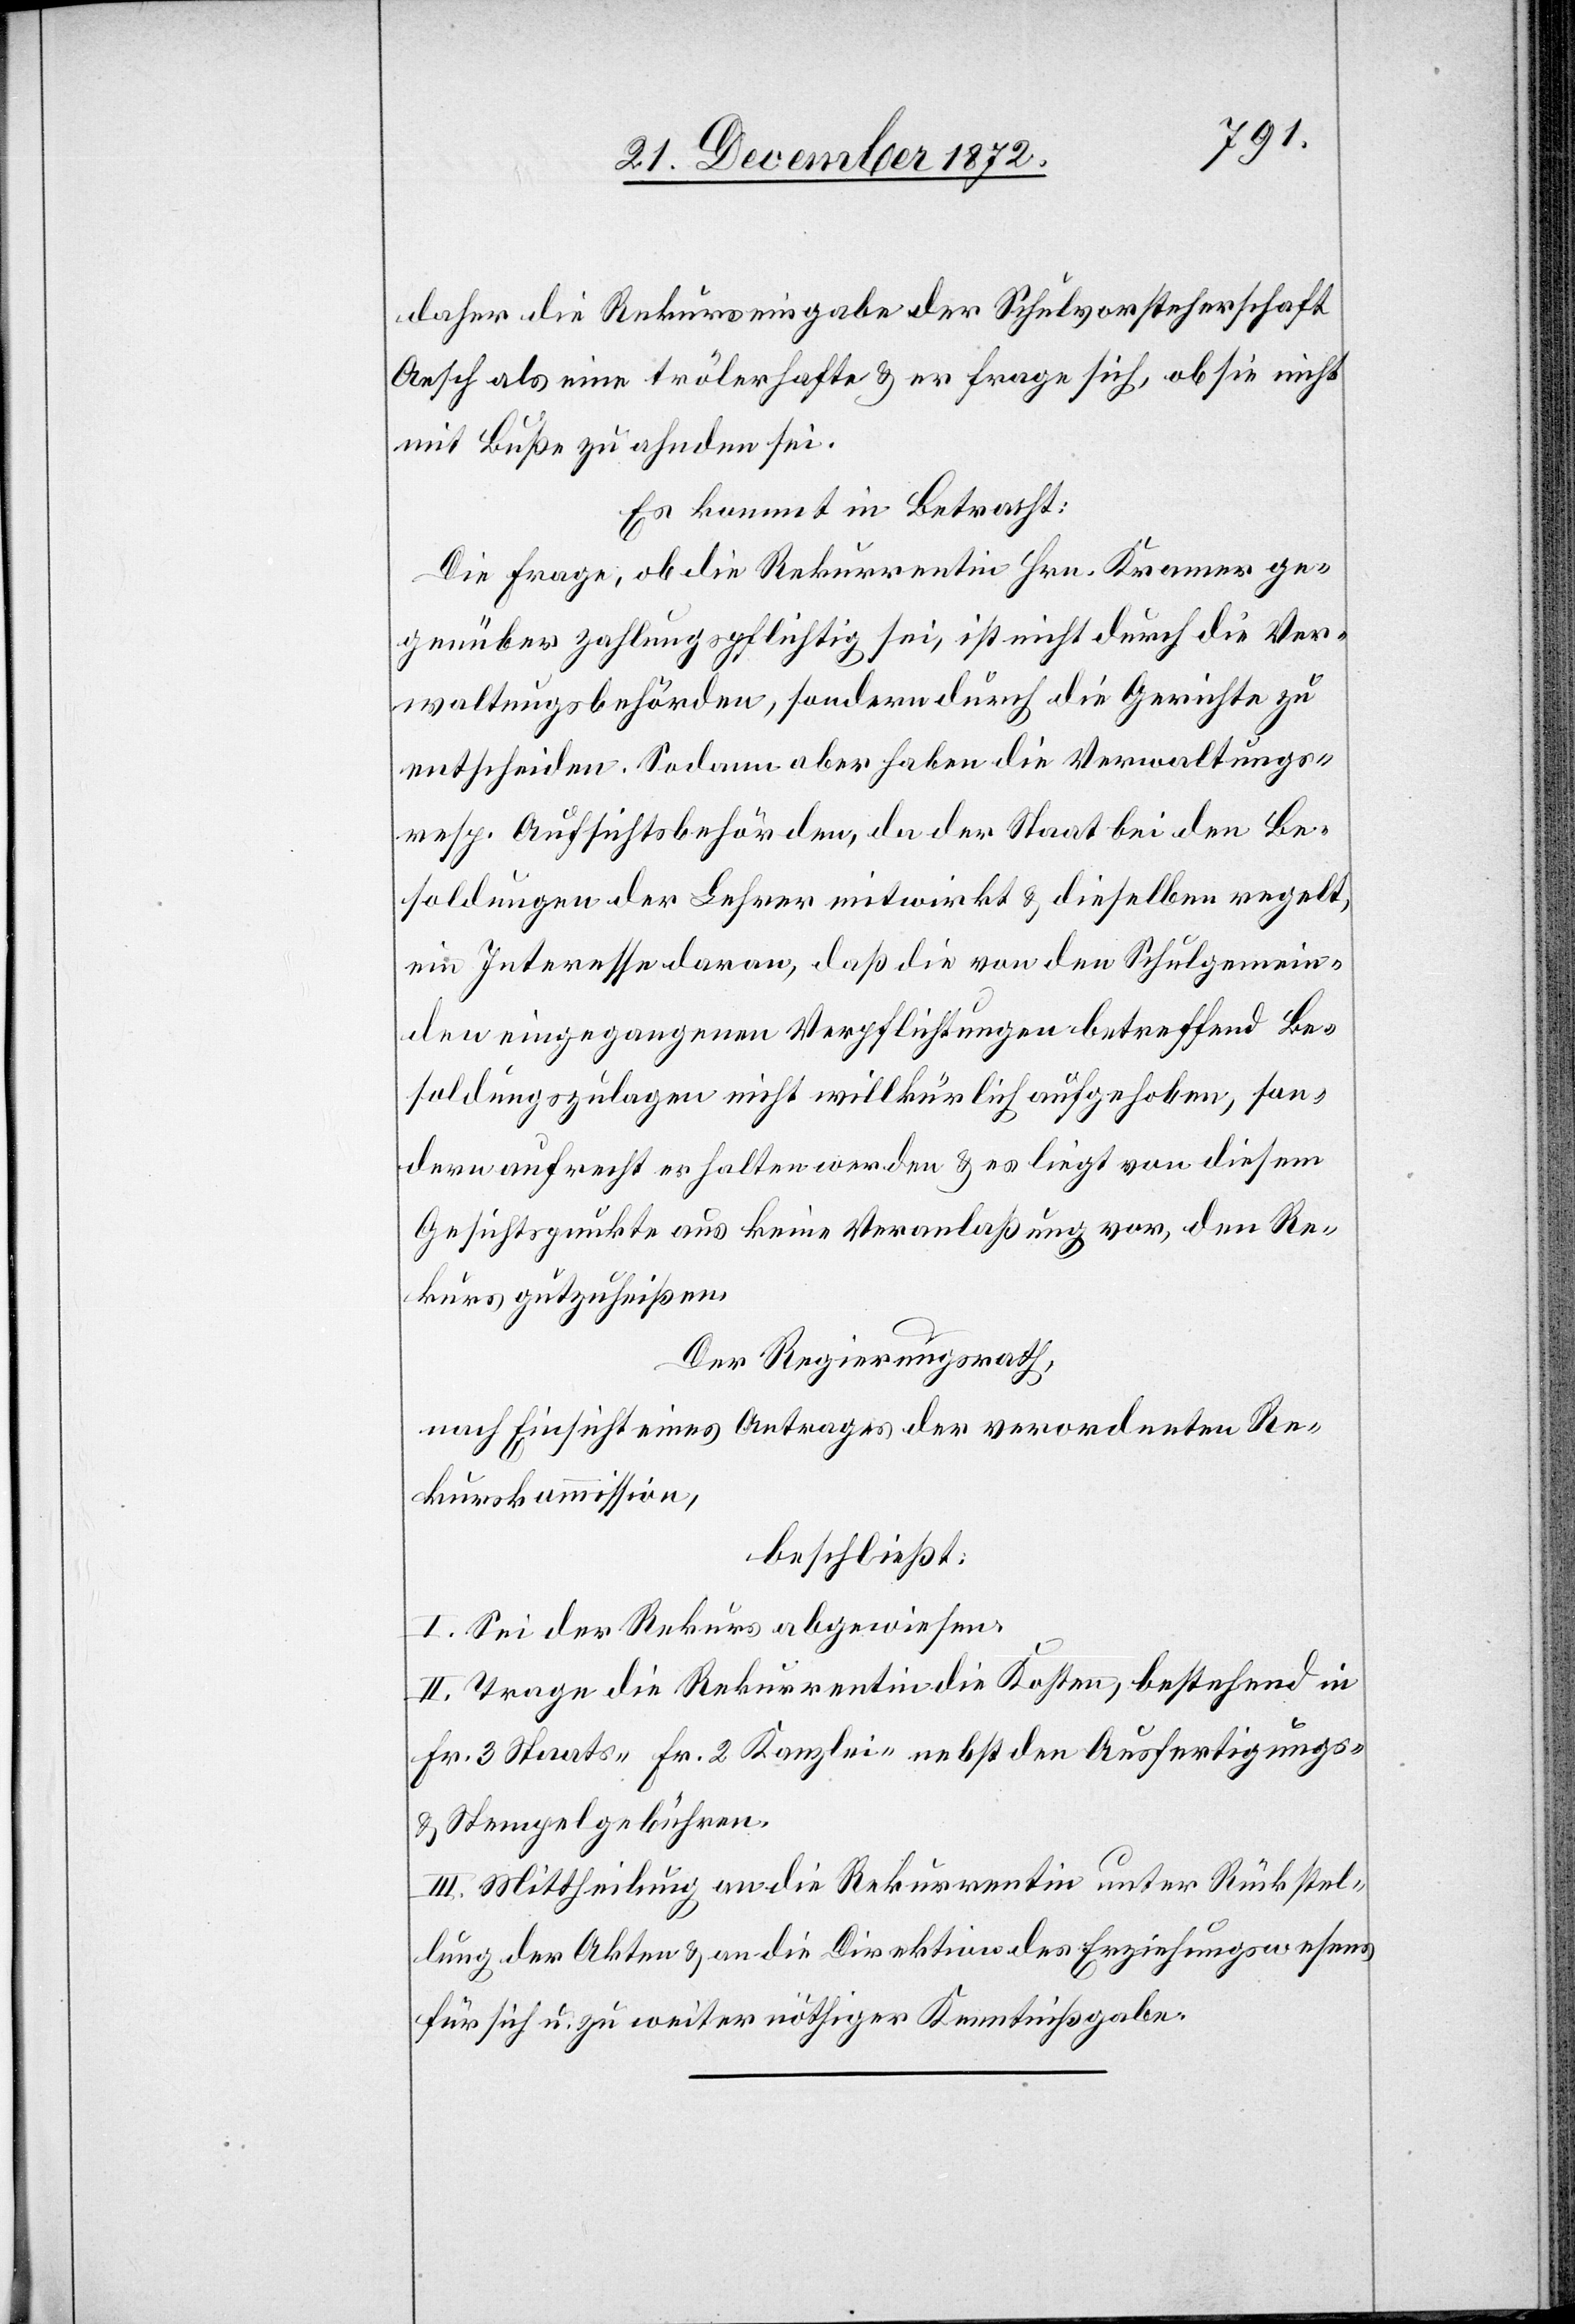
daher die Rekurseingabe der Schulvorsteherschaft
Aesch als eine trölerhafte u. er frage sich, ob sie nicht
mit Buße zu ahnden sei.
Es kommt in Betracht:
Die Frage, ob die Rekurrentin Hrn. Kramer ge¬
genüber zahlungspflichtig sei, ist nicht durch die Ver¬
waltungsbehörden, sondern durch die Gerichte zu
entscheiden. Sodann aber haben die Verwaltungs-
resp. Aufsichtsbehörden, da der Staat bei den Be¬
soldungen der Lehrer mitwirkt u. dieselben regelt,
ein Interesse daran, daß die von den Schulgemein¬
den eingegangenen Verpflichtungen betreffend Be¬
soldungszulagen nicht willkürlich aufgehoben, son¬
dern aufrecht erhalten werden u. es liegt von diesem
Gesichtspunkte aus keine Veranlaßung vor, den Re¬
kurs gutzuheißen.
Der Regierungsrath,
nach Einsicht eines Antrages der verordneten Re¬
kurskommission,
beschließt:
I. Sei der Rekurs abgewiesen.
II. Trage die Rekurrentin die Kosten, bestehend in
Fr. 3 Staats- Fr. 2 Kanzlei- nebst den Ausfertigungs-
u. Stempelgebühren.
III. Mittheilung an die Rekurrentin unter Rückstel¬
lung der Akten u. an die Direktion des Erziehungswesens
für sich u. zu weiter nöthiger Kenntnißgabe.